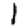
Digit: 1